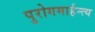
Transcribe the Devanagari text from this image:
पुरोगमार्हन्त्य